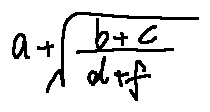
a + \sqrt { \frac { b + c } { d + f } }